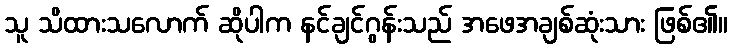
သူ သိထားသလောက် ဆိုပါက နင်ချင်ဂွန်းသည် အဖေအချစ်ဆုံးသား ဖြစ်၏။